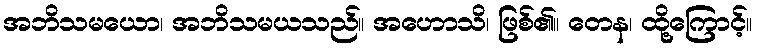
အဘိသမယော၊ အဘိသမယသည်။ အဟောသိ၊ ဖြစ်၏။ တေန၊ ထို့ကြောင့်။